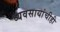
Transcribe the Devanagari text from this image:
व्यवसायांचीही